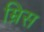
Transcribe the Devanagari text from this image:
म्रिस